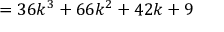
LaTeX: = 3 6 k ^ { 3 } + 6 6 k ^ { 2 } + 4 2 k + 9